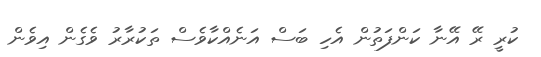
ކުރީ ރޭ އޭނާ ކަންފަތުން އެހި ބަސް އަނެއްކާވެސް ތަކުރާރު ވެގެން އިވެން